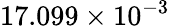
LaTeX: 17.099\times 10^{-3}